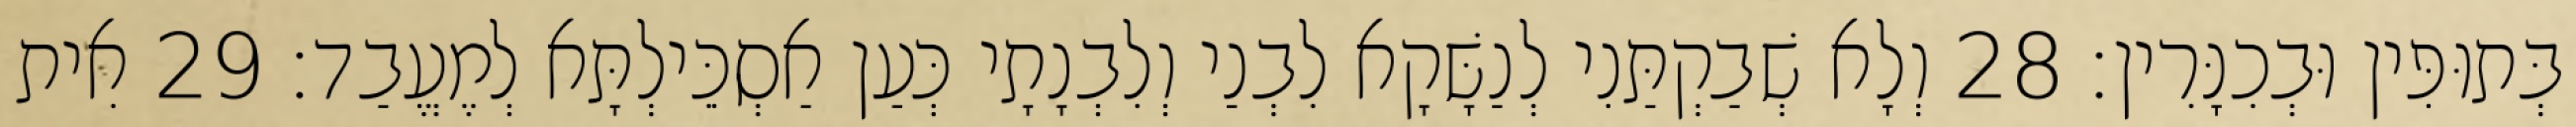
בְּתוּפִּין וּבְכִנָּרִין׃ 28 וְלָא שְׁבַקְתַּנִי לְנַשָּׁקָא לִבְנַי וְלִבְנָתָי כְּעַן אַסְכֵּילְתָּא לְמֶעֱבַד׃ 29 אִית